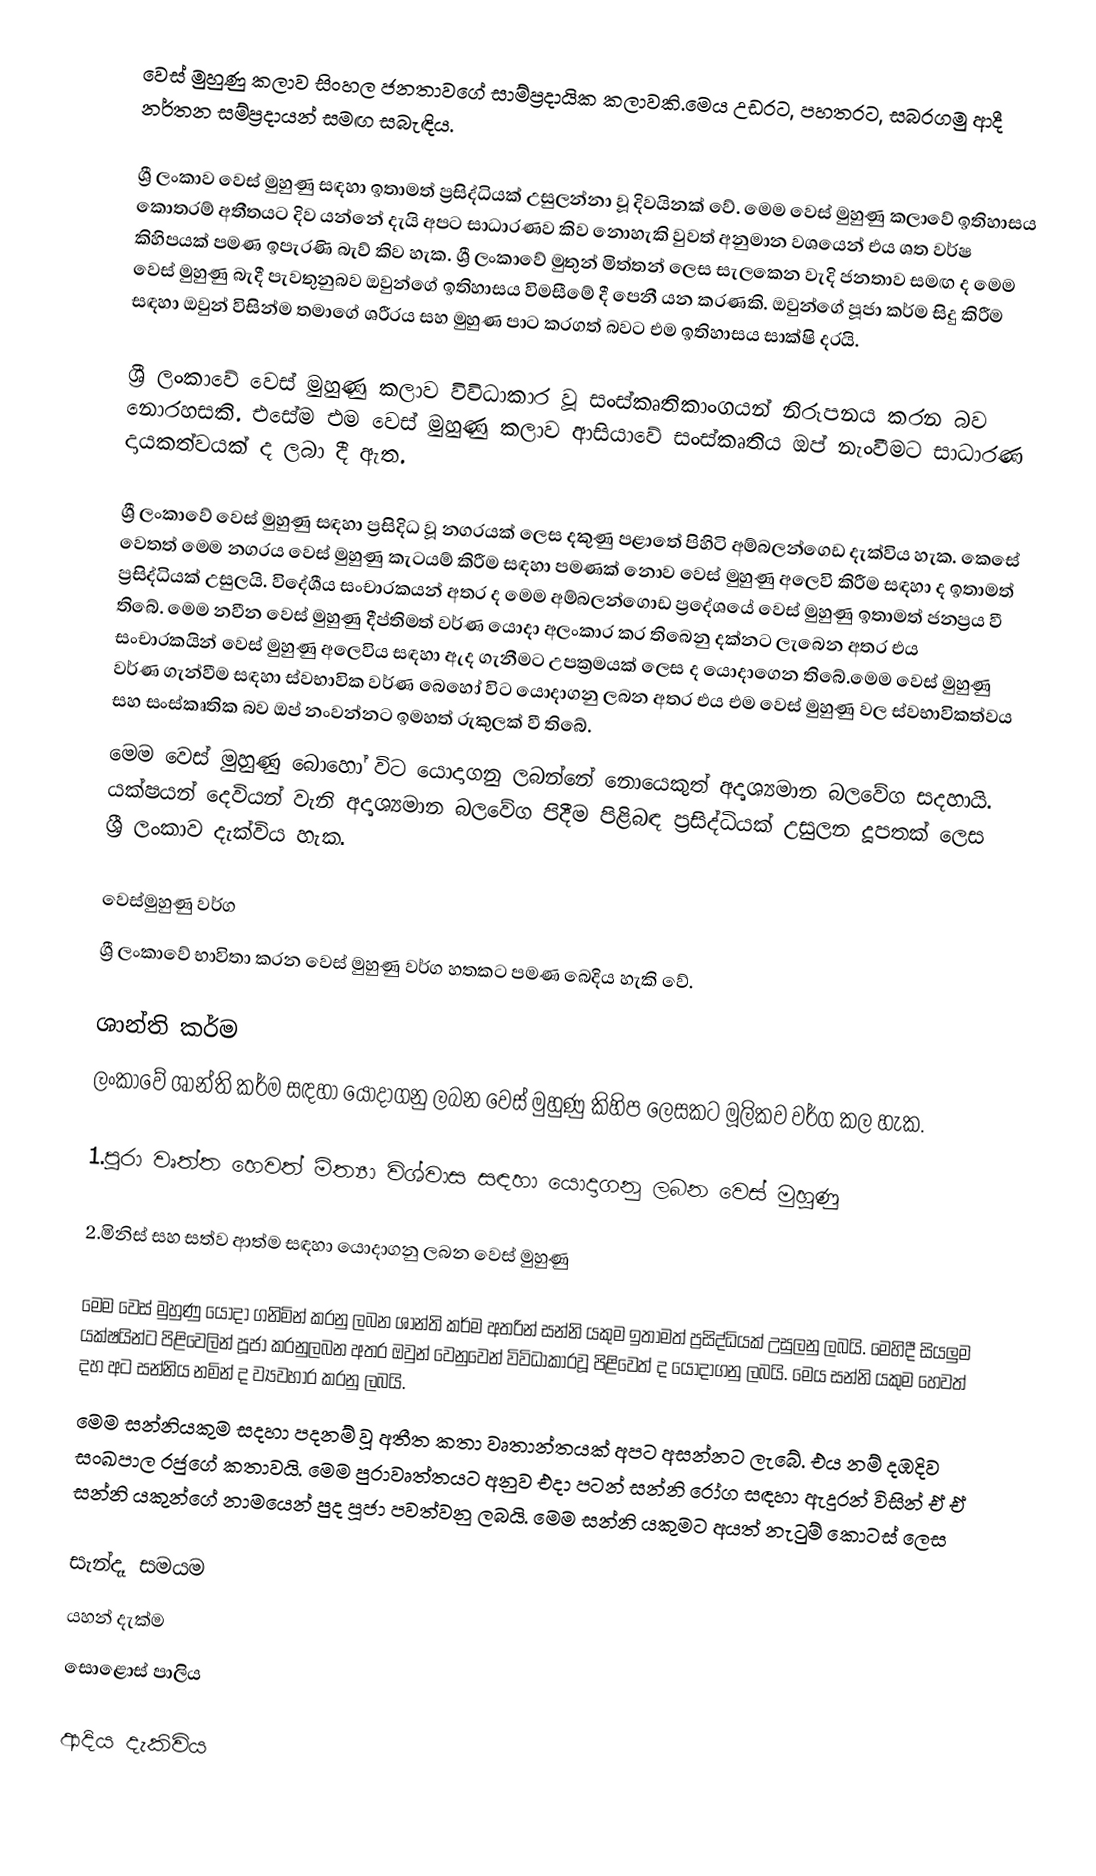
වෙස් මුහුණු කලාව  සිංහල ජනතාවගේ සාම්ප්‍රදායික කලාවකි.මෙය  උඩරට, පහතරට, සබරගමු  ආදී නර්තන සම්ප්‍රදායන් සමඟ සබැඳිය.

ශ්‍රී ලංකාව වෙස් මුහුණු සඳහා ඉතාමත් ප්‍රසිද්ධියක් උසුලන්නා වූ දිවයිනක් වේ. මෙම වෙස් මුහුණු කලාවේ ඉතිහාසය කොතරම් අතීතයට දිව යන්නේ දැයි අපට සාධාරණව කිව නොහැකි වුවත් අනුමාන වශයෙන් එය ශත වර්ෂ කිහිපයක් පමණ ඉපැරණි බැව් කිව හැක. ශ්‍රී ලංකාවේ මුතුන් මිත්තන් ලෙස සැලකෙන වැදි ජනතාව සමඟ ද මෙම වෙස් මුහුණු බැදී පැවතුනුබව ඔවුන්ගේ ඉතිහාසය විමසීමේ දී පෙනී යන කරණකි. ඔවුන්ගේ පූජා කර්ම සිදු කිරීම සඳහා ඔවුන් විසින්ම තමාගේ ශරීරය සහ මුහුණ පාට කරගත් බවට එම ඉතිහාසය සාක්ෂි දරයි.

ශ්‍රී ලංකාවේ වෙස් මුහුණු කලාව විවිධාකාර වූ සංස්කෘතිකාංගයන් නිරූපනය කරන බව නොරහසකි. එසේම එම වෙස් මුහුණු කලාව ආසියාවේ සංස්කෘතිය ඔප් නැංවීමට සාධාරණ දායකත්වයක් ද ලබා දී ඇත.

ශ්‍රී ලංකාවේ වෙස් මුහුණු සඳහා ප්‍රසිදිධ වූ නගරයක් ලෙස දකුණු පළාතේ පිහිටි අම්බලන්ගෙඩ දැක්විය හැක. කෙසේ වෙතත් මෙම නගරය වෙස් මුහුණු කැටයම් කිරීම සඳහා පමණක් නොව වෙස් මුහුණු අලෙවි කිරීම සඳහා ද ඉතාමත් ප්‍රසිද්ධියක් උසුලයි. විදේශීය සංචාරකයන් අතර ද මෙම අම්බලන්ගොඩ ප්‍රදේශයේ වෙස් මුහුණු ඉතාමත් ජනප්‍රය වී තිබේ. මෙම නවීන වෙස් මුහුණු දීප්තිමත් වර්ණ යොදා අලංකාර කර තිබෙනු දක්නට ලැබෙන අතර එය සංචාරකයින්  වෙස් මුහුණු අලෙවිය ‍සඳහා ඇද ගැනීමට උපක්‍රමයක් ලෙස ද යොදාගෙන තිබේ.මෙම වෙස් මුහුණු වර්ණ ගැන්වීම සඳහා ස්වභාවික වර්ණ බෙහෝ විට යොදාගනු ලබන අතර එය එම වෙස් මුහුණු වල ස්වභාවිකත්වය සහ සංස්කෘතික බව ඔප් නංවන්නට ඉමහත් රුකුලක් වී තිබේ.
මෙම වෙස් මුහුණු බොහෝ විට යොදාගනු ලබන්නේ නොයෙකුත් අදෘශ්‍යමාන බලවේග සදහායි. යක්ෂයන් දෙවියන් වැනි අදෘශ්‍යමාන බලවේග පිදීම පිළිබඳ ප්‍රසිද්ධියක් උසුලන දූපතක් ලෙස ශ්‍රී ලංකාව දැක්විය හැක.

වෙස්මුහුණු වර්ග
ශ්‍රී ලංකාවේ භාවිතා කරන වෙස් මුහුණු වර්ග හතකට පමණ බෙදිය හැකි වේ.

ශාන්ති කර්ම
ලංකාවේ ශාන්ති කර්ම සඳහා යොදාගනු ලබන වෙස් මුහුණු කිහිප ලෙසකට මූලිකව වර්ග කල හැක.

1.පුරා වෘත්ත හෙවත් මිත්‍යා විශ්වාස සඳහා යොදාගනු ලබන වෙස් මුහුණු

2.මිනිස් සහ සත්ව ආත්ම සඳහා යොදාගනු ලබන වෙස් මුහුණු

මෙම වෙස් මුහුණු යොදා ගනිමින් කරනු ලබන ශාන්ති කර්ම අතරින් සන්නි යකුම ඉතාමත් ප්‍රසිද්ධියක් උසුලනු ලබයි. මෙහිදී සියලුම යක්ෂයින්ට පිළිවෙලින් පූජා කරනුලබන අතර ඔවුන් වෙනුවෙන් විවිධාකාරවූ පිළිවෙත් ද යොදාගනු ලබයි. මෙය සන්නි යකුම හෙවත් දහ අට සන්නිය නමින් ද ව්‍යවහාර කරනු ලබයි.
මෙම සන්නියකුම සදහා පදනම් වූ අතීත කතා වෘතාන්තයක් අපට අසන්නට ලැබේ. එය නම් දඹදිව සංඛපාල රජුගේ කතාවයි. මෙම පුරාවෘත්තයට අනුව එදා පටන් සන්නි රෝග සඳහා ඇදුරන් විසින් ඒ ඒ සන්නි යකුන්ගේ නාමයෙන් පුද පූජා පවත්වනු ලබයි. මෙම සන්නි යකුමට අයත් නැටුම් ‍කොටස් ලෙස

සැන්දෑ සමයම
යහන් දැක්ම
සොළොස් පාලිය

ආදිය දැකිවිය